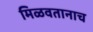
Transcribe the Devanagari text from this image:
मिळवतानाच